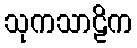
သုကသာဠိက